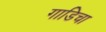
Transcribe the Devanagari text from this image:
गाडिचा